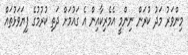
މިންވަރު މަދު ކުރަން ނިންމީ އެމެރިކާއިން އެ ގައުމަށް ދަތި ކުރުމުގެ ފިޔަވަޅުތައް